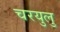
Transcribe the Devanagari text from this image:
चरयुलु